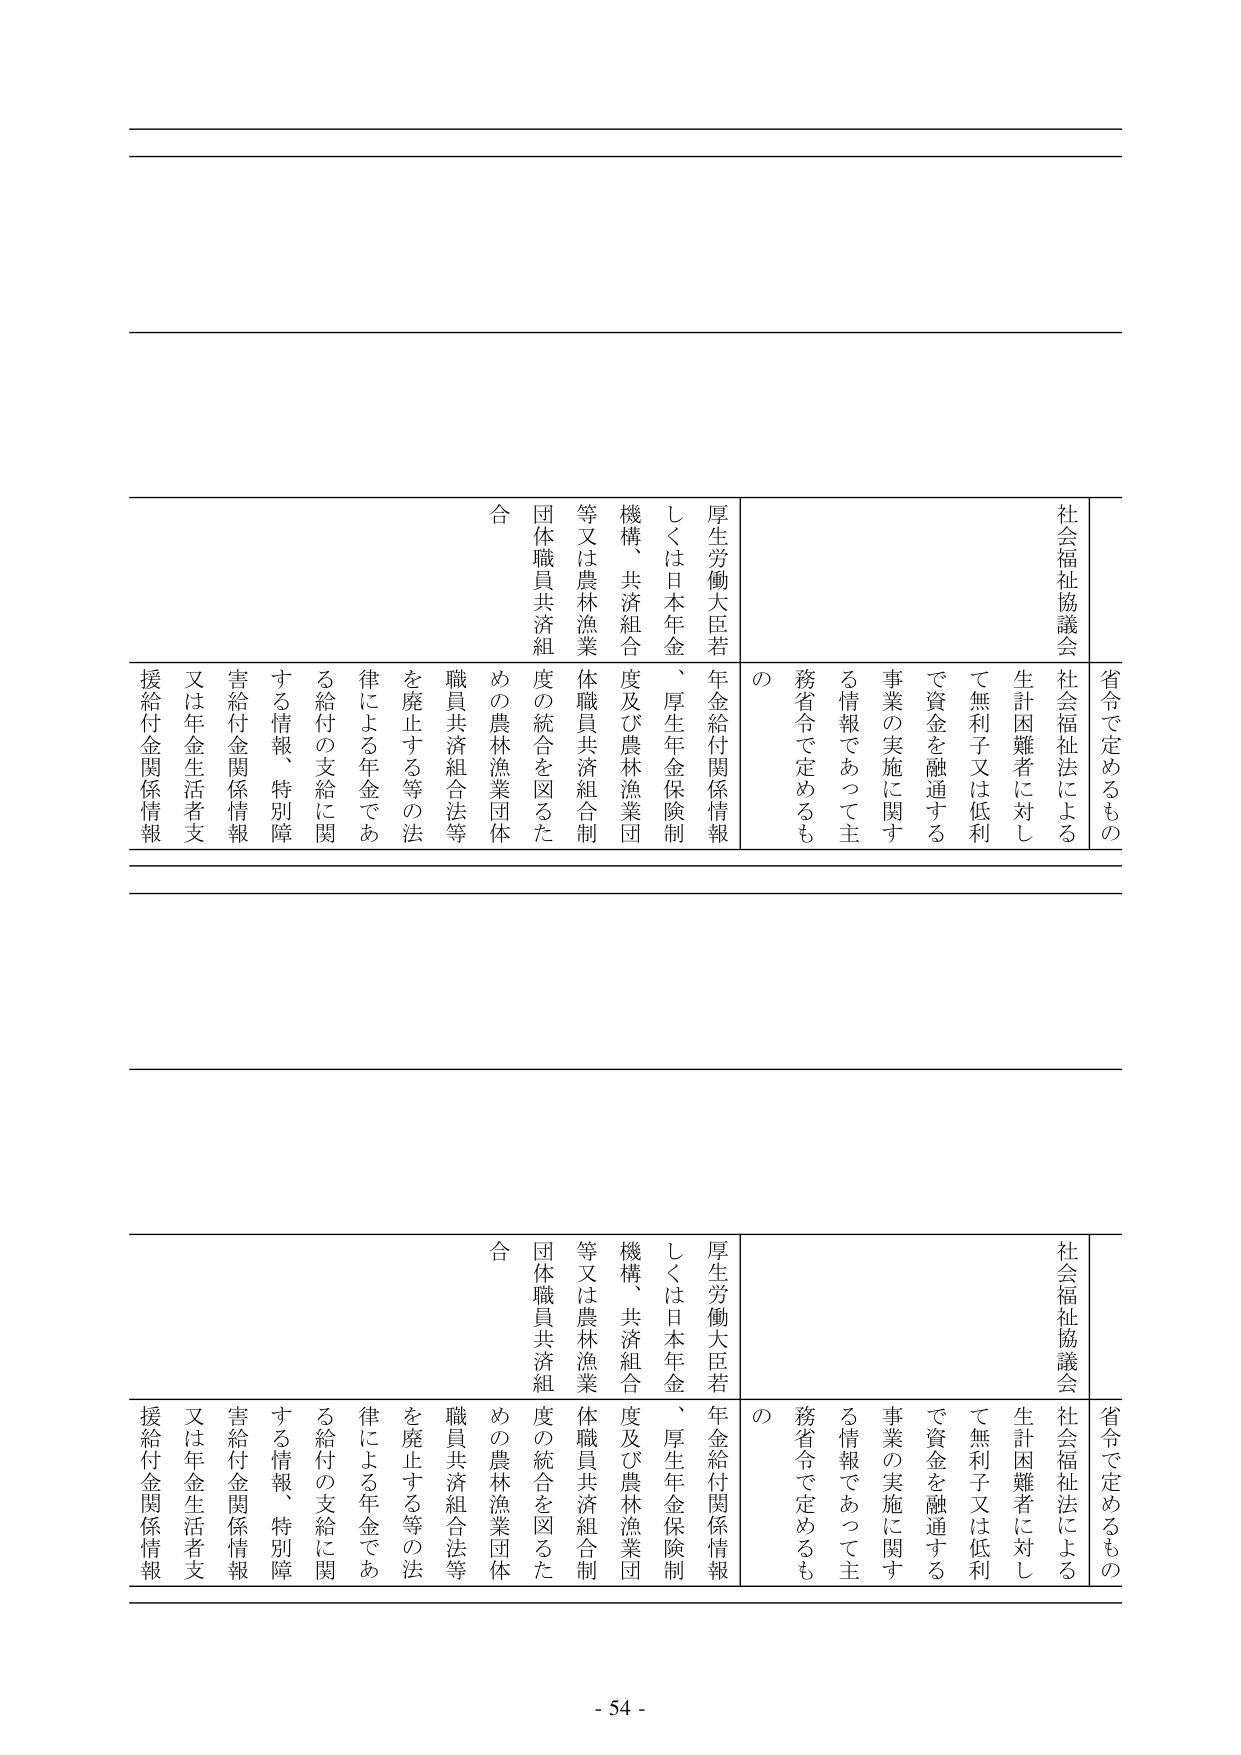
省令で定めるもの
社会福祉協議会
社会福祉法による
生計困難者に対して無利子又は低利で資金を融通する事業の実施に関する情報であって主務省令で定めるもの
厚生労働大臣若しくは日本年金、厚生年金保険制度及び農林漁業団体職員共済組合制度の統合を図るための農林漁業団体職員共済組合法等を廃止する等の法律による年金である給付の支給に関する情報、特別障害給付金関係情報又は年金生活者支援給付金関係情報
合

省令で定めるもの
社会福祉協議会
社会福祉法による
生計困難者に対して無利子又は低利で資金を融通する事業の実施に関する情報であって主務省令で定めるもの
厚生労働大臣若しくは日本年金、厚生年金保険制度及び農林漁業団体職員共済組合制度の統合を図るための農林漁業団体職員共済組合法等を廃止する等の法律による年金である給付の支給に関する情報、特別障害給付金関係情報又は年金生活者支援給付金関係情報
合

- 54 -